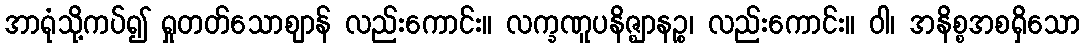
အာရုံသို့ကပ်၍ ရှုတတ်သောဈာန် လည်းကောင်း။ လက္ခဏူပနိဇ္ဈာနဉ္စ၊ လည်းကောင်း။ ဝါ၊ အနိစ္စအစရှိသော